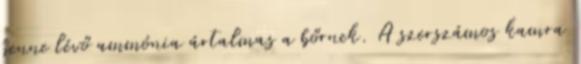
benne lévő ammónia ártalmas a bőrnek. A szerszámos kamra